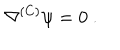
\nabla ^ { ( C ) } \psi = 0 ~ .